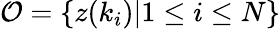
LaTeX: \mathcal{O}=\{ z(k_{i})|1\le i\le N\}